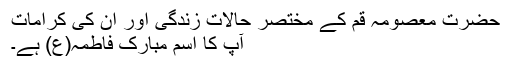
حضرت معصومہ قم کے مختصر حالات زندگی اور ان کی کرامات
آپ کا اسم مبارک فاطمہ(ع) ہے۔